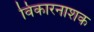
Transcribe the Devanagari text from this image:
विकारनाशक